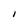
Character: i